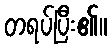
တရပ်ပြီး၏။